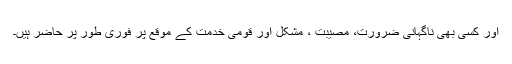
اور کسی بھی ناگہانی ضرورت، مصیبت ، مشکل اور قومی خدمت کے موقع پر فوری طور پر حاضر ہیں۔